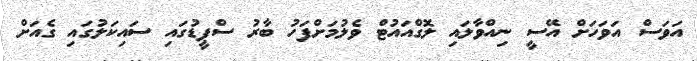
އަވަސް އަވަހަށް އޭސީ ނިއްވާލައި ލޮގްއައުޓް ވެލުމަށްފަހު ބާރު ސްޕީޑުގައި ސައިކަލުގައި ގެއަށް